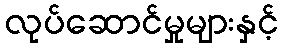
လုပ်ဆောင်မှုများနှင့်